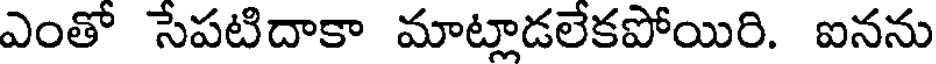
ఎంతో సేపటిదాకా మాట్లాడలేకపోయిరి. ఐనను